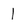
Character: 1